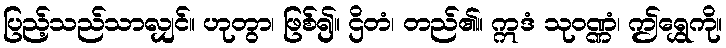
ပြည့်သည်သာလျှင်။ ဟုတွာ၊ ဖြစ်၍။ ဌိတံ၊ တည်၏။ ဣဒံ သုဝဏ္ဏံ၊ ဤရွှေကို။